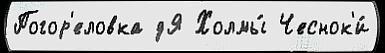
Погор'еловка дЯ Холмы́ Чеснок'и́